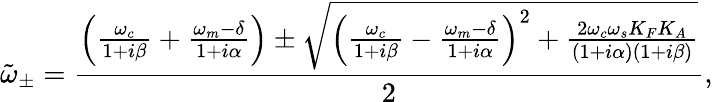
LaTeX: \tilde{\omega}_{\pm}=\frac{\left(\frac{\omega_{c}}{1+i\beta}+\frac{\omega_{m}-\delta}{1+i\alpha}\right)\pm\sqrt{\left(\frac{\omega_{c}}{1+i\beta}-\frac{\omega_{m}-\delta}{1+i\alpha}\right)^{2}+\frac{2\omega_{c}\omega_{s}K_{F}K_{A}}{(1+i\alpha)(1+i\beta)}}}{2},